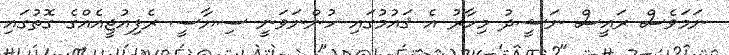
ނަމަވެސް ރައީސް ނަޝީދު މިހާރު އެ ޤައުމުގައި ހުންނަވަނީ ސިޔާސީ ރެފިއުޖީއެއްގެ ގޮތުގައި